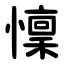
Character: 懍